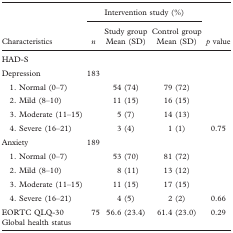
|  | <COLSPAN=3> Intervention study (%) |  |
 | Characteristics | n | Study group Mean (SD) | Control group Mean (SD) | p value |
 | --- | --- | --- | --- | --- |
 | <COLSPAN=5> HAD-S |
 | Depression | 183 |  |  |  |
 | 1. Normal (0–7) |  | 54 (74) | 79 (72) |  |
 | 2. Mild (8–10) |  | 11 (15) | 16 (15) |  |
 | 3. Moderate (11–15) |  | 5 (7) | 14 (13) |  |
 | 4. Severe (16–21) |  | 3 (4) | 1 (1) | 0.75 |
 | Anxiety | 189 |  |  |  |
 | 1. Normal (0–7) |  | 53 (70) | 81 (72) |  |
 | 2. Mild (8–10) |  | 8 (11) | 13 (12) |  |
 | 3. Moderate (11–15) |  | 11 (15) | 17 (15) |  |
 | 4. Severe (16–21) |  | 4 (5) | 2 (2) | 0.66 |
 | EORTC QLQ-30 Global health status | 75 | 56.6 (23.4) | 61.4 (23.0) | 0.29 |